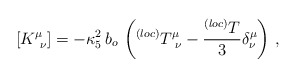
\begin{align*}[K_{~\nu}^{\mu}]=-\kappa_{5}^{2}\,b_{o}\,\left(^{(loc)}T_{~\nu}^{\mu}-\frac{^{(loc)}T}{3}\delta_{\nu}^{\mu}\right)\,, \end{align*}